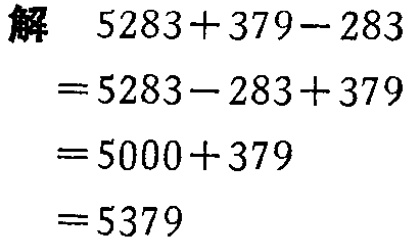
```
解
\[
\begin{align*}
&5283 + 379 - 283\\
=&5283 - 283 + 379\\
=&5000 + 379\\
=&5379
\end{align*}
\]
```